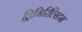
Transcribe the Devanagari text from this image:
ट्रिमिरिल्स्टिन